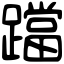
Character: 𨆉